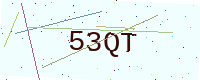
Text: 53QT